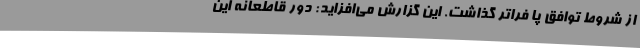
از شروط توافق پا فراتر گذاشت. این گزارش می‌افزاید: دور قاطعانه این